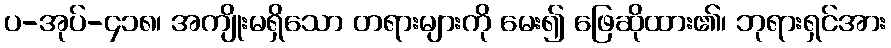
ပ-အုပ်-၄၁၈၊ အကျိုးမရှိသော တရားများကို မေး၍ ဖြေဆိုထား၏၊ ဘုရားရှင်အား